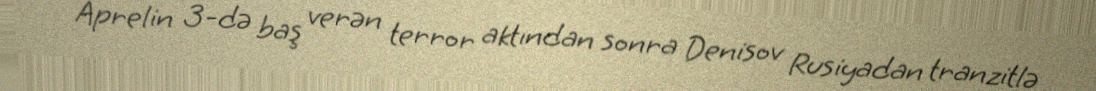
Aprelin 3-də baş verən terror aktından sonra Denisov Rusiyadan tranzitlə